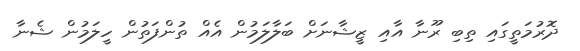
ދޮރުމަތީގައި ތިބި ރޫނާ އާއި ޒީޝާނަށް ބަލާލަމުން އެއް ތުންފަތުން ހީލަމުން ޝެނާ